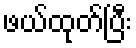
ဖယ်ထုတ်ပြီး